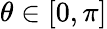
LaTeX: \theta\in[0,\pi]